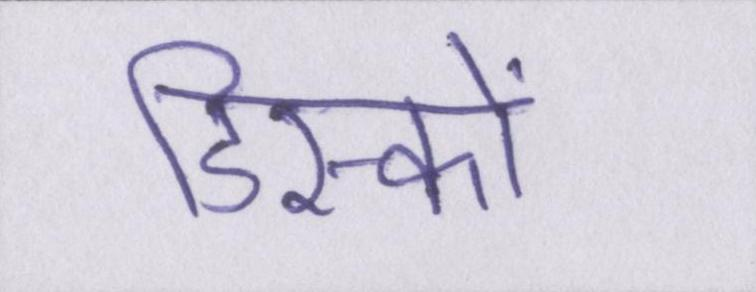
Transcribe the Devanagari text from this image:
डिस्कों